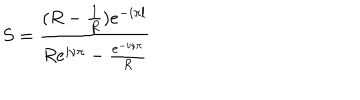
S = \frac { ( R - \frac { 1 } { R } ) e ^ { - i \pi l } } { R e ^ { i \nu \pi } - \frac { e ^ { - i \nu \pi } } { R } }